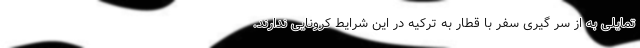
تمایلی به از سر گیری سفر با قطار به ترکیه در این شرایط کرونایی ندارند.